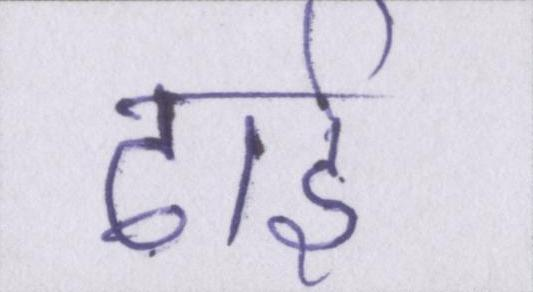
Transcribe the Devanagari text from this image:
ढाई